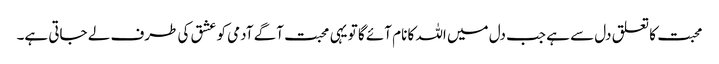
محبت کا تعلق دل سے ہے جب دل میں اللہ کا نام آئے گا تو یہی محبت آگے آدمی کو عشق کی طرف لے جاتی ہے۔